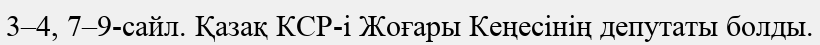
3–4, 7–9-сайл. Қазақ КСР-і Жоғары Кеңесінің депутаты болды.